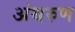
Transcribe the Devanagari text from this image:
अंथरुण